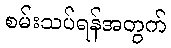
စမ်းသပ်ရန်အတွက်